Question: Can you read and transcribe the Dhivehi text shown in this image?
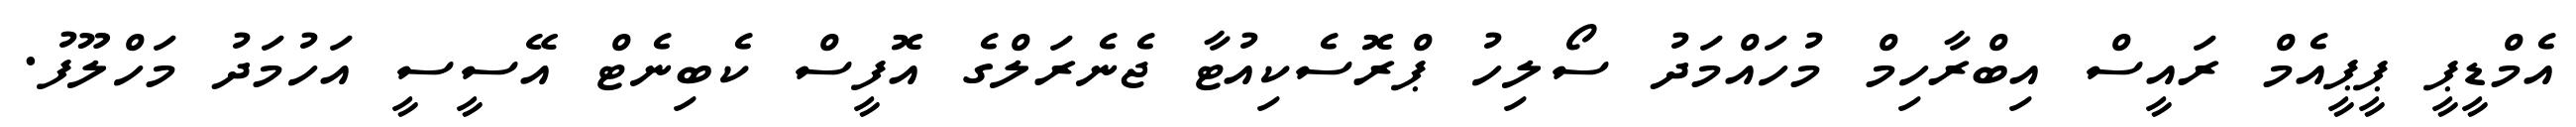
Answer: އެމްޑީޕީ ޕީޕީއެމް ރައީސް އިބްރާހިމް މުހައްމަދު ސޯލިހު ޕްރޮސެކިއުޓާ ޖެނެރަލްގެ އޮފީސް ކެބިނެޓް އޭސީސީ އަހުމަދު މަހްލޫފު.